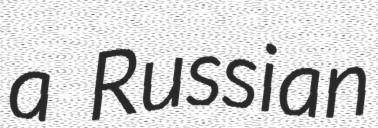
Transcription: a Russian